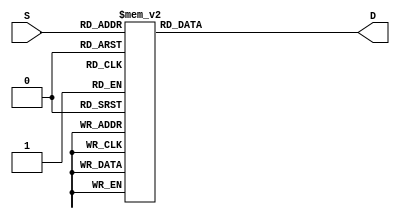
`timescale 1ns / 1ps
//////////////////////////////////////////////////////////////////////////////////
// Company: 
// Engineer: 
// 
// Design Name: 
// Module Name: Decoder
// Project Name: 
// Target Devices: 
// Tool Versions: 
// Description: 
// 
// Dependencies: 
// 
// Revision:
// Revision 0.01 - File Created
// Additional Comments:
// 
//////////////////////////////////////////////////////////////////////////////////


module Decoder(S,D);
input [3:0] S;
output reg[0:6] D;
    
//Circuit always sensitive to changes in input signals:
always@(S)
    case(S)
    0:  D = 7'b000_0001;
    1:  D = 7'b100_1111;
    2:  D = 7'b001_0010;
    3:  D = 7'b000_0110;
    4:  D = 7'b100_1100;
    5:  D = 7'b010_0100;
    6:  D = 7'b010_0000;
    7:  D = 7'b000_1111;
    8:  D = 7'b000_0000;
    9:  D = 7'b000_0100;
    10:  D = 7'b000_1000;
    11:  D = 7'b110_0000;
    12:  D = 7'b011_0001;
    13:  D = 7'b100_0010;
    14:  D = 7'b011_0000;
    15:  D = 7'b011_1000;
    default: D = 7'bX;
    endcase
endmodule